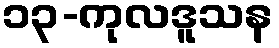
၁၃-ကုလဒူသန